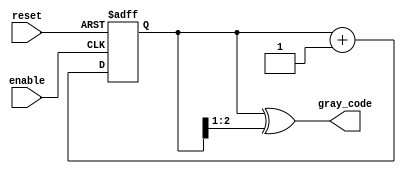
module gray_code_async_counter (
    input wire reset,     // Asynchronous reset
    input wire enable,    // Enable signal for counting
    output reg [N-1:0] gray_code // Output Gray code
);
    parameter N = 3; // Number of bits for the counter (change as needed)

    // Internal binary counter
    reg [N-1:0] binary_count;

    // Convert binary to Gray code
    function [N-1:0] binary_to_gray;
        input [N-1:0] binary;
        begin
            binary_to_gray = binary ^ (binary >> 1);
        end
    endfunction

    // Asynchronous reset and counting logic
    always @(posedge enable or posedge reset) begin
        if (reset) begin
            binary_count <= 0; // Reset binary counter to 0
        end else begin
            binary_count <= binary_count + 1; // Increment binary counter
        end
    end

    // Update Gray code output
    always @(binary_count) begin
        gray_code <= binary_to_gray(binary_count);
    end

endmodule